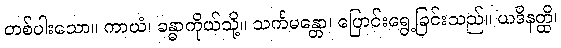
တစ်ပါးသော။ ကာယံ၊ ခန္ဓာကိုယ်သို့။ သင်္ကမန္တော၊ ပြောင်းရွေ့ခြင်းသည်။ ယဒိနတ္ထိ၊